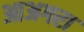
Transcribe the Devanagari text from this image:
आअगरा